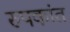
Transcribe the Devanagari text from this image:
रुपकांत